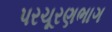
પરચૂરણભાગ